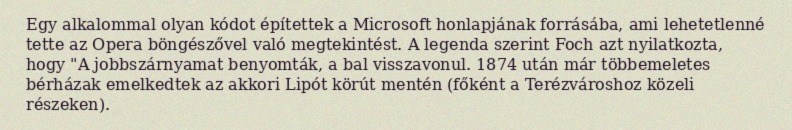
Egy alkalommal olyan kódot építettek a Microsoft honlapjának forrásába, ami lehetetlenné tette az Opera böngészővel való megtekintést. A legenda szerint Foch azt nyilatkozta, hogy "A jobbszárnyamat benyomták, a bal visszavonul. 1874 után már többemeletes bérházak emelkedtek az akkori Lipót körút mentén (főként a Terézvároshoz közeli részeken).